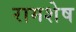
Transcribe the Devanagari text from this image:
रामशेष